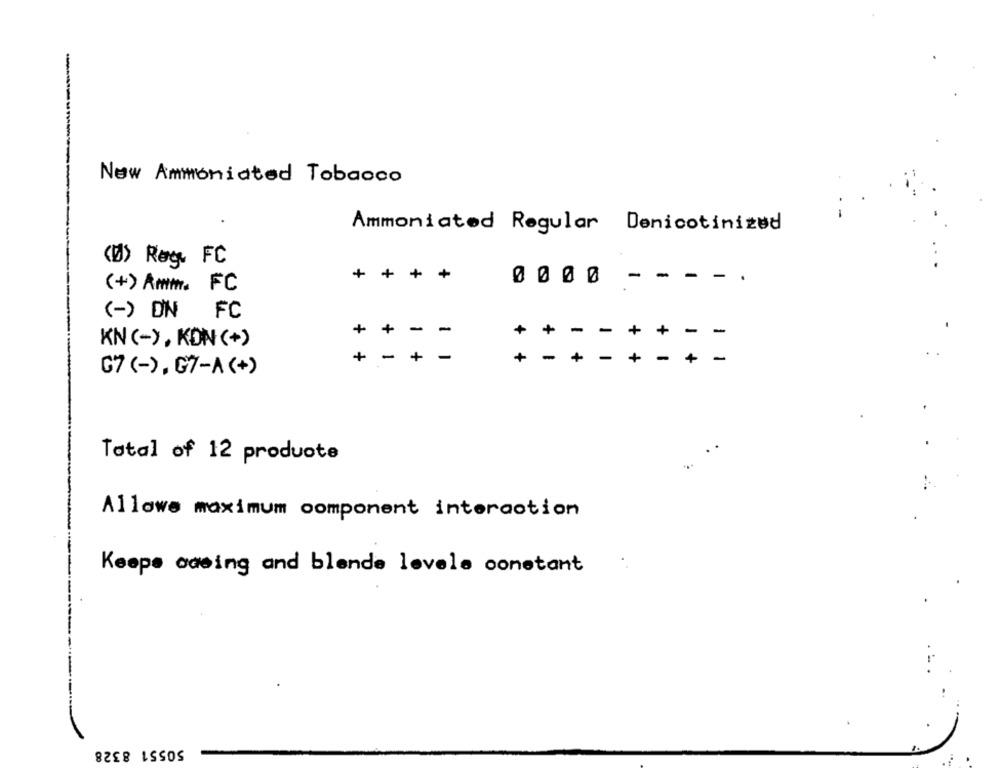
-
New Ammoniated Tobacco
Ammoniated Regular Denicotinized
(Ø) Røg FC
+
+
-
-
-
0000
-.
(+> Amm. FC
(-) DN
FC
+
+
-
+
+
+
-
KN ( -> , KON (+)
+
+
+
+
-
G7 ( - ) , G7- A ( + )
Total of 12 produote
Allowe maximum component interaction
Keepe aceing and blende levele constant
------
50551 8328